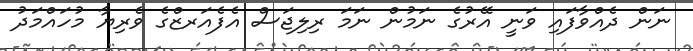
ނަން ދެއްވާފައި ވަނީ އޭރުގެ ނަމުން ނަމަ ރިލިޖަސް އެފެއަރޒްގެ ވެރިޔާ މުހައްމަދު